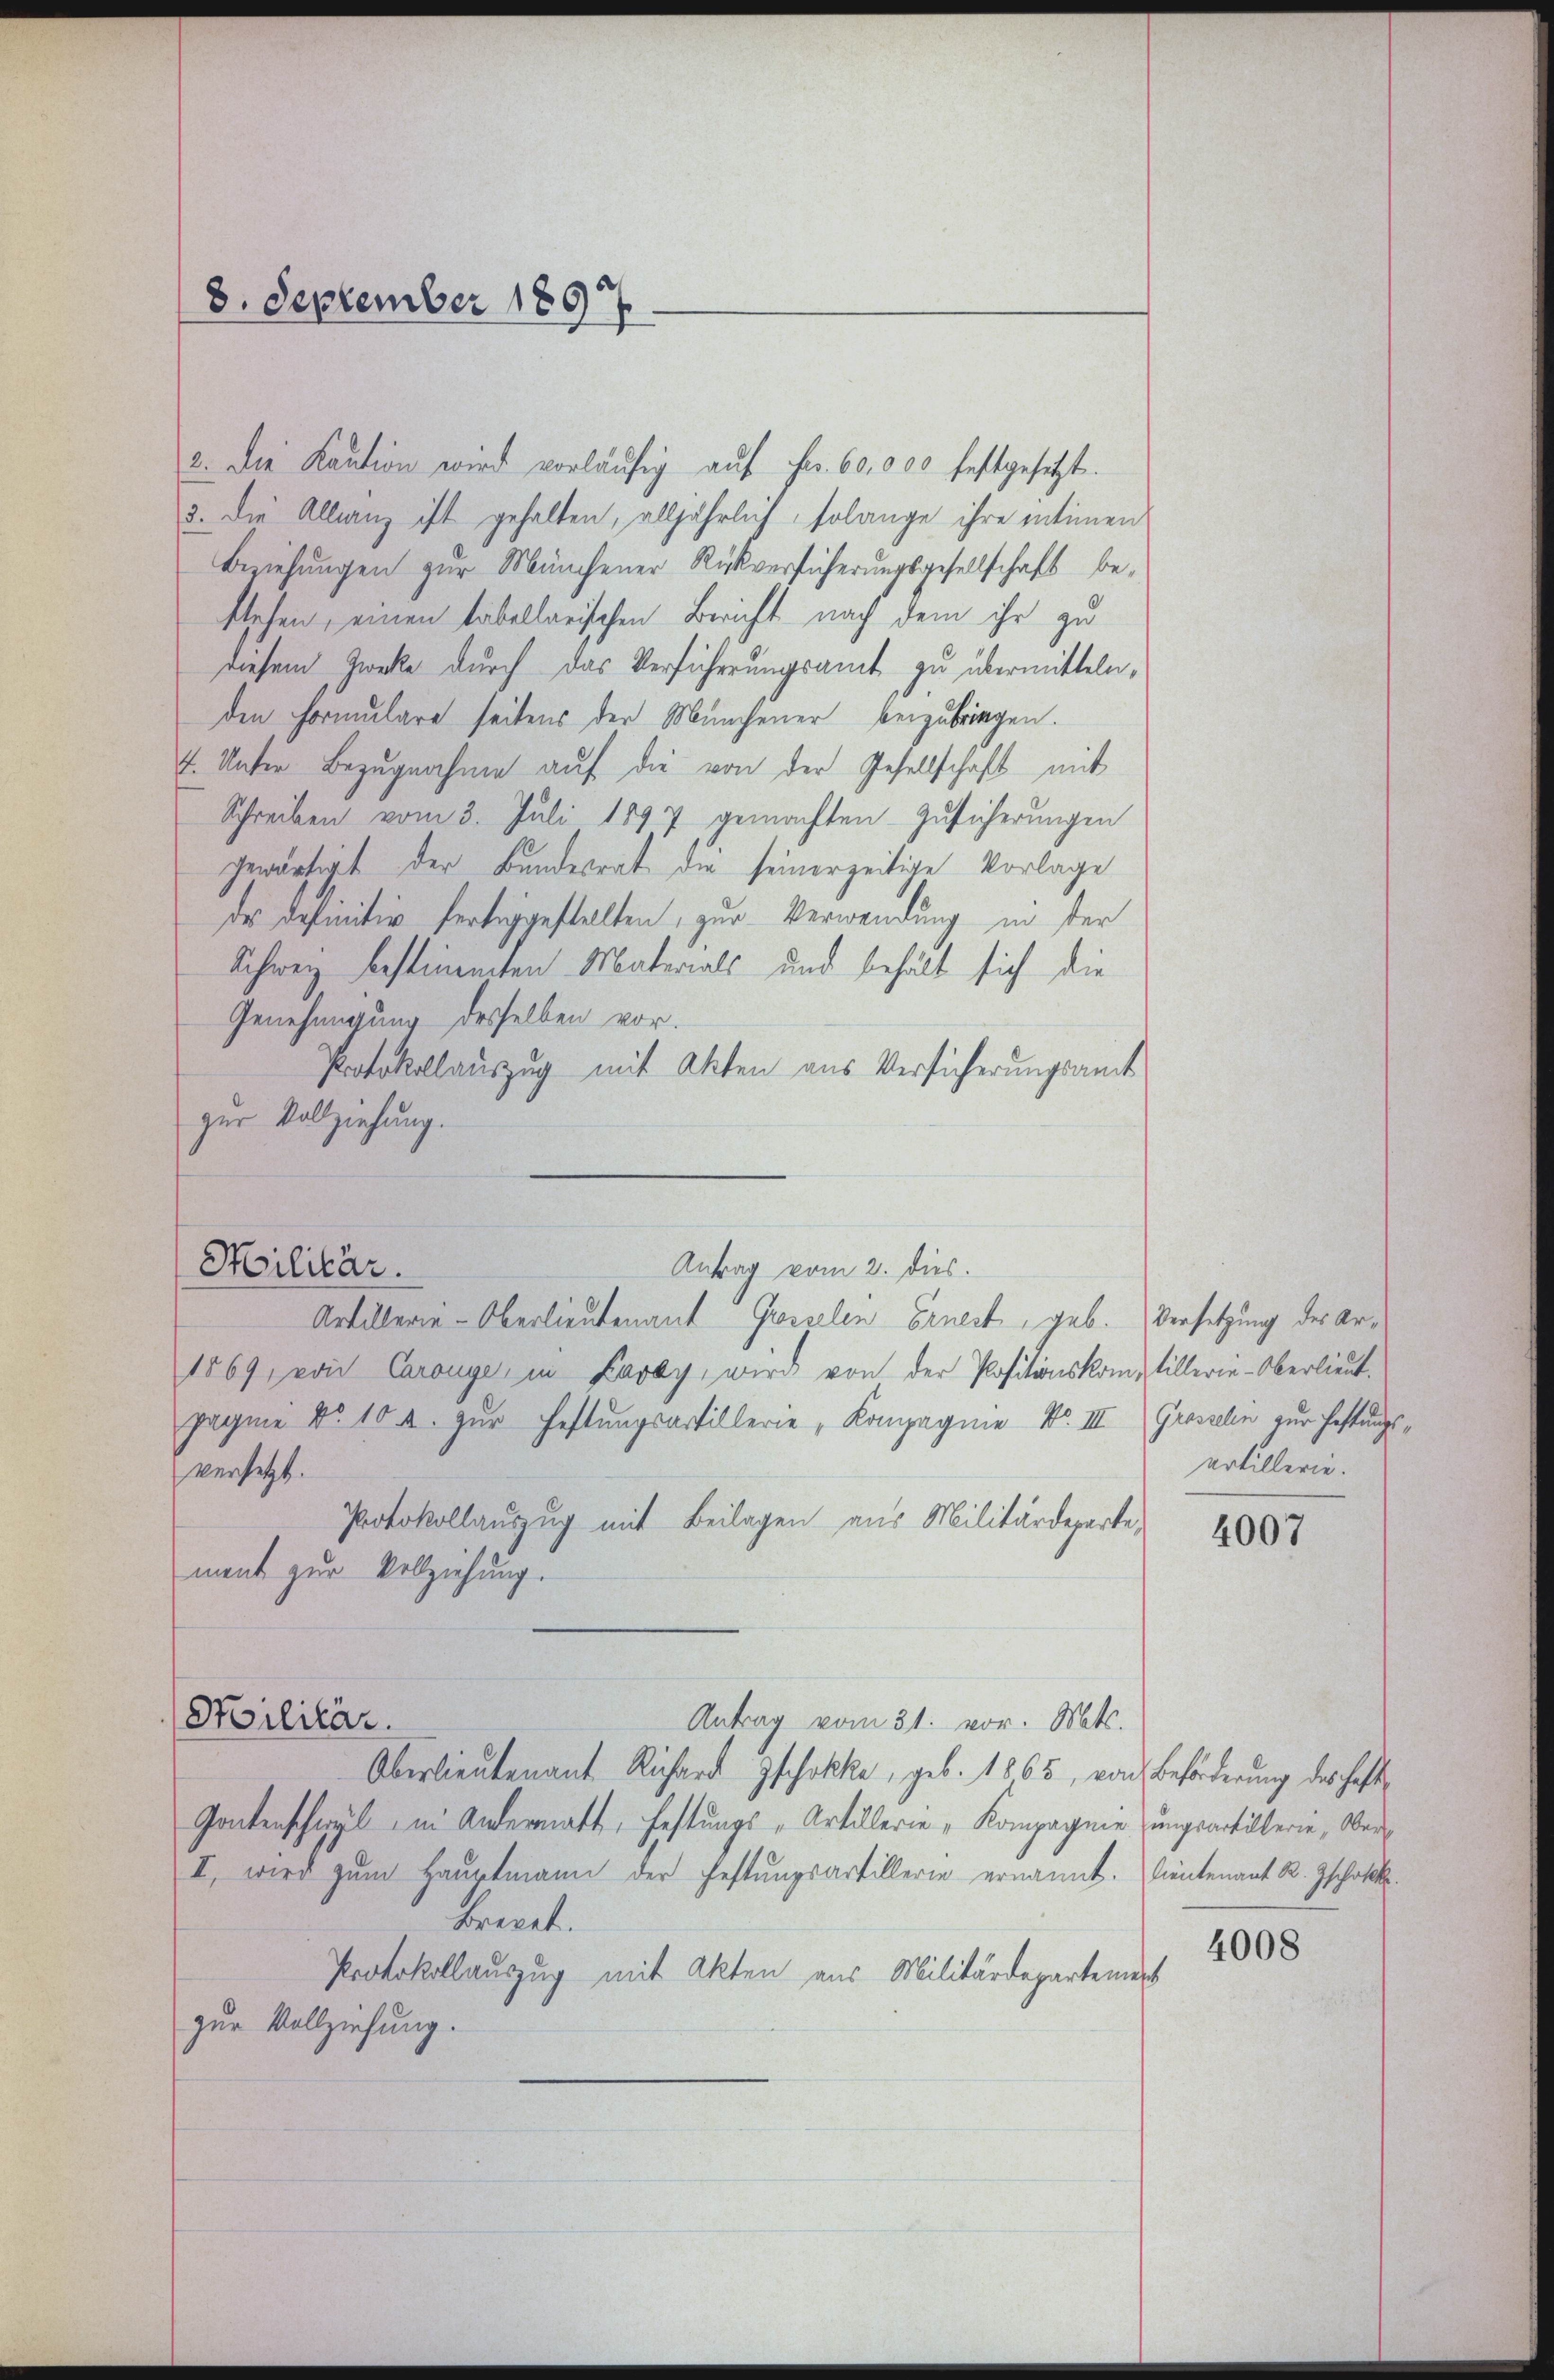
8. September 1897

Militär.

Antrag vom 2. dies.

2. Die Kaution wird vorläŭfig auf Fr. 60,000 festgesetzt.
3. Die Allwang ist gehalten, alljährlich, solange ihre intimen
Beziehungen zur Münchener Rückversicherungsgesellschaft bestehen, einen tabellarischen Bericht nach dem ihr zu
diesem Zwecke durch das Verführungsamt zu übermitteln,
den Formulare seitens der Münchener beizubringen.
4. Unter Bezugnahme auf die von der Gesellschaft mit
Schreiben vom 3. Juli 1897 gemachten Zusicherungen
gewärtigt der Bundesrat die seinerzeitige Vorlage
des definitiv fertiggestellten, zur Verwendung in der
Schweiz bestimmten Materials und behält sich die
Genehmigung desselben vor.
Protokollauszug mit Akten aus Versicherungsamt
zur Vollziehung.
Artillerie-Oberlieutenant Grosselen Ernest, geb.
1869, von Carange, in Faray, wird von der Positionskomptillerie-Oberlieut.
pagnie No 10 u. zur Haftungsartillerie Kompagnie Nr. III (Grasseln zur Haftungsversetzt.
Protokollauszug mit Beilagen aus Militärdeparte,
ment zur Vollziehung.
Militär.
Antrag vom 31. vor. Mts.
Überlieutenant Richard Zschokke, geb. 1865, von Beförderung des haft
Gontenschwyl in Andermatt, Festungs-Artillerie „Kompagnie ungsartillerie, Ober¬
I. wird zŭm Hauptmann der Festungsartillerie ernannt. Leutenant R. Zschaft.
bredet.
Protokollauszug mit Akten aus Militärdepartemen
zur Vollziehung.

Versetzung des Arurtillern.

4007

1

4008